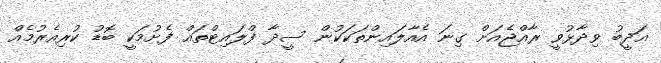
އަދީބު ވިދާޅުވީ ރާއްޖެއަށް ގިނަ އެއާލައިންތަކަކުން ސީދާ ފްލައިޓްތައް ފެށުމަކީ ބޮޑު ކުރިއެރުމެއް